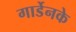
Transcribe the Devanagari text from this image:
गार्डेनके